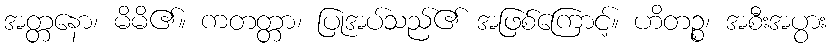
အတ္တနော၊ မိမိ၏။ ကတတ္တာ၊ ပြုအပ်သည်၏ အဖြစ်ကြောင့်။ ဟိတဉ္စ၊ အစီးအပွား